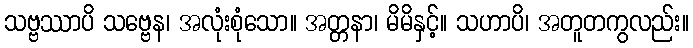
သဗ္ဗဿာပိ သဗ္ဗေန၊ အလုံးစုံသော။ အတ္တနာ၊ မိမိနှင့်။ သဟာပိ၊ အတူတကွလည်း။